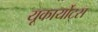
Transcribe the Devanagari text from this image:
यूकार्योट्स